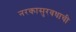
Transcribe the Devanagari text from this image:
नरकासुरवधाची